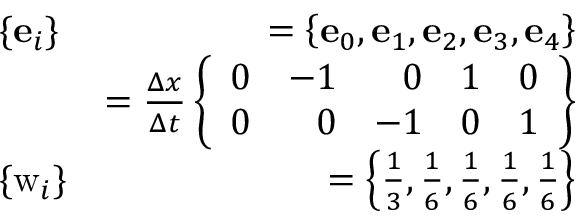
\begin{array} { r l r } & { \{ \mathbf { e } _ { i } \} } & { = { \left\{ \mathbf { e } _ { 0 } , \mathbf { e } _ { 1 } , \mathbf { e } _ { 2 } , \mathbf { e } _ { 3 } , \mathbf { e } _ { 4 } \right\} } } \\ & { } & { = \frac { \Delta x } { \Delta t } \left\{ \begin{array} { r r r r r } { 0 } & { - 1 } & { 0 } & { 1 } & { 0 } \\ { 0 } & { 0 } & { - 1 } & { 0 } & { 1 } \end{array} \right\} } \\ & { \{ \mathrm { w } _ { i } \} } & { = { \left\{ \frac { 1 } { 3 } , \frac { 1 } { 6 } , \frac { 1 } { 6 } , \frac { 1 } { 6 } , \frac { 1 } { 6 } \right\} } } \end{array}